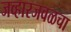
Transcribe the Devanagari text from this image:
जव्हारजवळचा